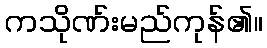
ကသိုဏ်းမည်ကုန်၏။